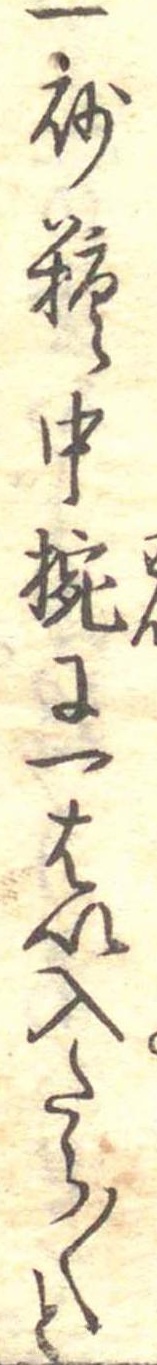
一砂糖中椀に一はい入たら〱と